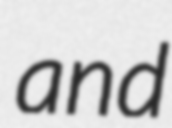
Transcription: and